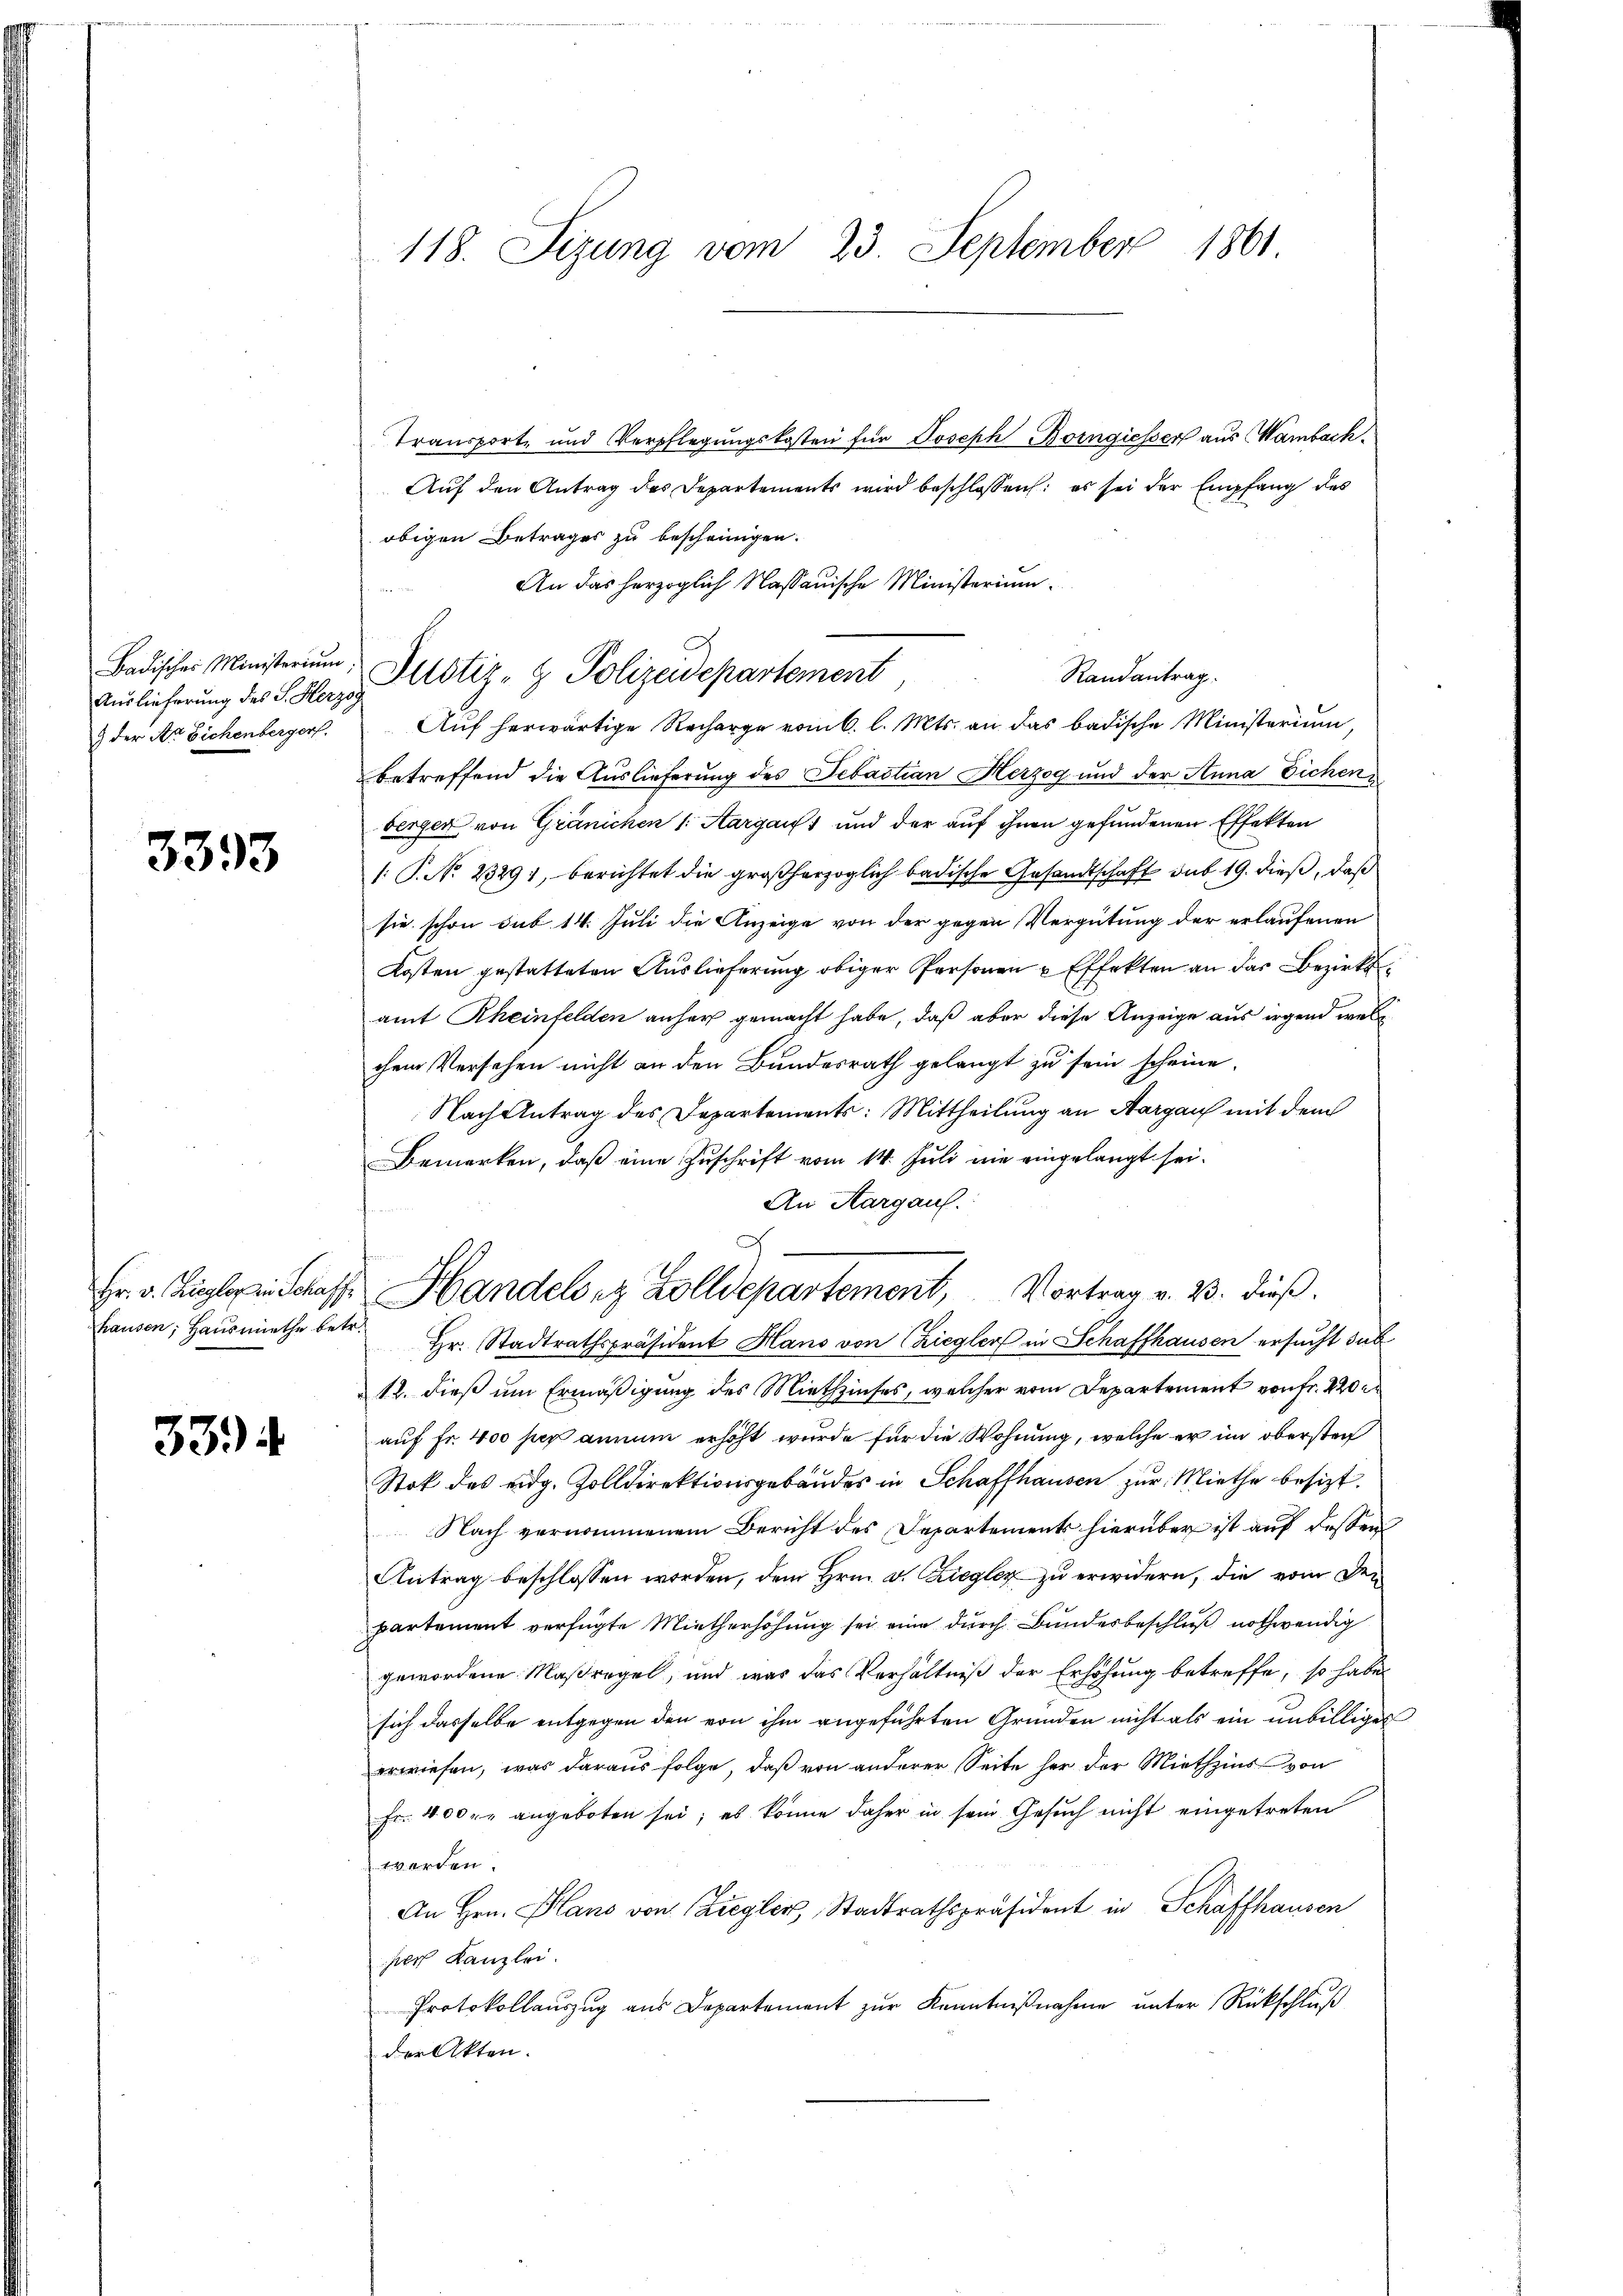
Badischer Ministerium,
 der Sr. Eichenbergerl.

3393

3394

118. Sizung vom 23. September 1861.

Transport, und Verpflegŭngskosten für Joseph Borngiesser aus Wambach,
Auf den Antrag des Departements wird beschlossen: es sei der Empfang des
obigen Betrages zu bescheinigen.
An das herzoglich Nassauische Ministerium
betreffend die Auslieferung des Sebastian Herzog und der Anna Eichenberger von Gränichen 1. Aargau und der auf ihnen gefundenen Effekten
: P. No. 23291, berichtet die großherzoglich badische Gesandtschaft sub 19. dieß, daß
sie schon sub 14. Juli die Anzeige von der gegen Vergütung der erlaufenen
Kosten gestatteten Auslieferung obiger Personen u Effekten an das Bezirksamt Rheinfelden anher gemacht habe, daß aber diese Anzeige aus irgend welch
chem Versehen nicht an den Bundesrath gelangt zu sein scheine.
Nach Antrag des Departements: Mittheilung an Aargau mit dem
Bemerken, daß eine Zuschrift vom 14. Juli nie eingelangt sei.
An Aargau.
hrausen, Haŭsmiethe betr. Hr. Stadtrathspräsident Hans von Zieglers in Schaffhausen ersucht sub
12. dieß um Ermäßigung des Miethzinses, welcher vom Departement von Fr. 220
auf Fr. 400 sus annum erhöht wurde für die Wohnung, welche er im obersten
Stok des eidg. Zolldirektionsgebäudes in Schaffhausen zur Miethe besizt.
Nach vernommenem Bericht des Departements hierüber ist auf dessen
Antrag beschlossen worden, dem Hrn. F. Ziegler zu erwidern, die vom Den
partement verfügte Mietherhöhung sei eine durch Bundesbeschluß nothwendig
gewordene Maßregel, und was das Verhältniß der Erhöhung betreffe, so habe
sich dasselbe entgegen den von ihm angeführten Gründen nicht als ein unbilliges
erwiesen, was daraus folge, daß von anderer Seite her der Miethzins von
Fr. 400 r. angeboten sei; es könne daher in sein Gesuch nicht eingetreten
werden.
An Hrn. Plano von Ziegler, Stadtrathspräsident in Schaffhausen
ser Kanzlei.
Protokollauszug aus Departement zur Kenntnißnahme unter Rückschluß
der Akten.

Auslieferung des Plaz, Potiz- & Polizeidepartement

Fr. v. Ziegler Schas Handels ez Zolldepartement, Vortrag v. 23. dieß.

Randantrag.
Auf herwärtige Recharge vom 6. l. Mts. an das badische Ministerium,